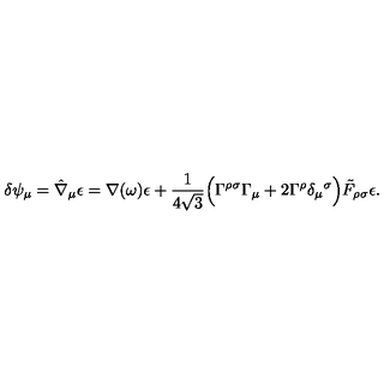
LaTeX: \delta \psi _ { \mu } = \hat { \nabla } _ { \mu } \epsilon = \nabla ( \omega ) \epsilon + { \frac { 1 } { 4 \sqrt 3 } } \Bigl ( \Gamma ^ { \rho \sigma } \Gamma _ { \mu } + 2 \Gamma ^ { \rho } \delta _ { \mu } { } ^ { \sigma } \Bigr ) \tilde { F } _ { \rho \sigma } \epsilon .